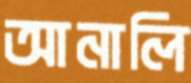
আনালি